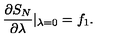
{ \frac { \partial S _ { N } } { \partial \lambda } } | _ { \lambda = 0 } = f _ { 1 } .